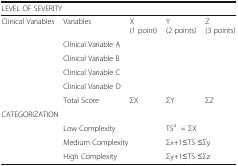
| <COLSPAN=5> LEVEL OF SEVERITY |
 | --- | --- | --- | --- | --- |
 | <ROWSPAN=6> Clinical Variables | Variables | X (1 point) | Y (2 points) | Z (3 points) |
 | Clinical Variable A |  |  |  |
 | Clinical Variable B |  |  |  |
 | Clinical Variable C |  |  |  |
 | Clinical Variable D |  |  |  |
 | Total Score | ΣX | ΣY | ΣZ |
 | <COLSPAN=5> CATEGORIZATION |
 |  | <COLSPAN=2> Low Complexity | <COLSPAN=2> TSa = ΣX |
 |  | <COLSPAN=2> Medium Complexity | <COLSPAN=2> Σx+1≤TS ≤Σy |
 |  | <COLSPAN=2> High Complexity | <COLSPAN=2> Σy+1≤TS ≤Σz |